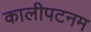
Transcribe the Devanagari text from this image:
कालीपटनम